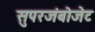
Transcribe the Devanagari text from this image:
सुपरजंबोजेट